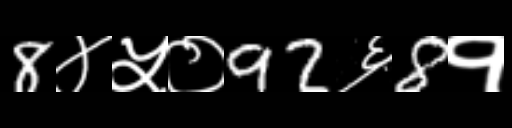
Text: 8४५०92६8१